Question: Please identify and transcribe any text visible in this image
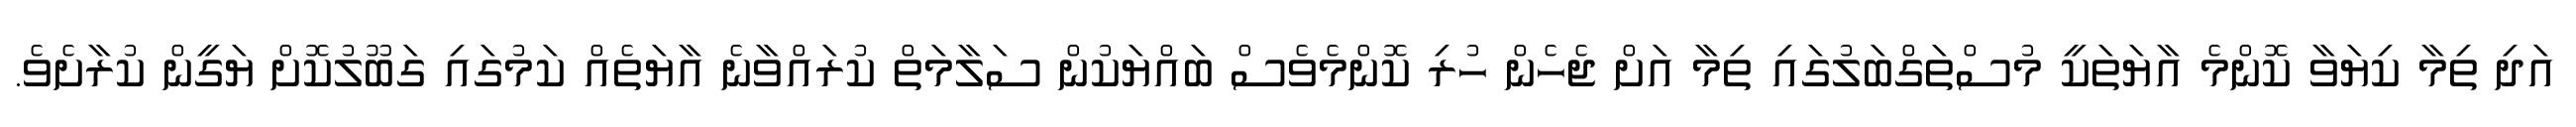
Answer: އަދި ތިމާ ކިޔަވާ ކޮންމެ އާޔަތަކީ މުސްތަގްބަލުގައި ތިމާ އަށް ޖެހެން ހުރި ކޮންމެވެސް ބައްޔަކުން ސަލާމަތް ކުރައްވާނެ އާޔަތެއް ކަމުގައި ގަބޫލުކޮށް ޔަގީން ކުރާށެވެ.